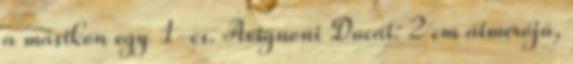
a másikon egy 1-es. Avignoni Ducat: 2 cm átmérőjű,